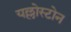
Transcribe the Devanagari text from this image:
यल्लोस्टोन